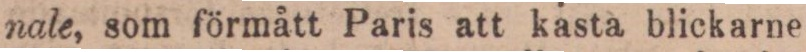
nale, som förmått Paris att kasta blickarne